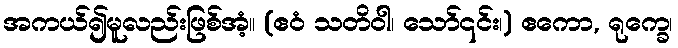
အကယ်၍မူလည်းဖြစ်အံ့။ (ဧဝံ သတိဝါ၊ သော်၎င်း၊) ဧကော, ရုက္ခေ၊